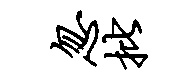
忽批